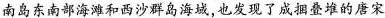
南岛东南部海滩和西沙群岛海域，也发现了成捆叠堆的唐宋时期瓷器。唐宋